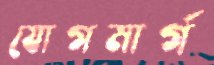
যোগমার্গ